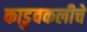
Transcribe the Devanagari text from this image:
काडुवकलीचे